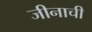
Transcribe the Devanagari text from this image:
जीनाची